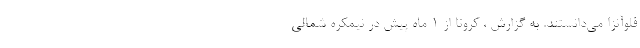
فلوآنزا می‌دانستند. به گزارش ، کرونا از 1 ماه پیش در نیمکره شمالی